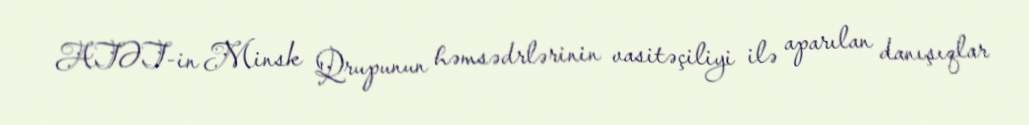
ATƏT-in Minsk Qrupunun həmsədrlərinin vasitəçiliyi ilə aparılan danışıqlar